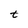
Character: t